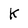
Character: K